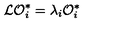
{ \cal L O } _ { i } ^ { * } = \lambda _ { i } { \cal O } _ { i } ^ { * }